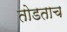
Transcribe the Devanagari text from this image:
तोडताच